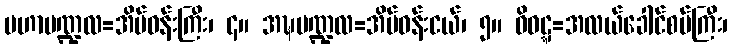
မဟာမဏ္ဍလ=အိမ်ဝန်းကြီး၊ ၄။ အဍ္ဎမဏ္ဍလ=အိမ်ဝန်းငယ်၊ ၅။ ဝိဝဋ္ဋ=အလယ်ခေါင်စပ်ကြီး၊